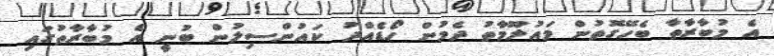
އެ މުބާރާތާ ބެހޭގޮތުން މައުލޫމާތު ދެމުން ހޯޑެއްދު ކައުންސިލުން ބުނީ އެ މުބާރާތުގައި